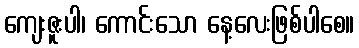
ကျေးဇူးပါ၊ ကောင်းသော နေ့လေးဖြစ်ပါစေ။